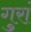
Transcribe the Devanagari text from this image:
गुरां